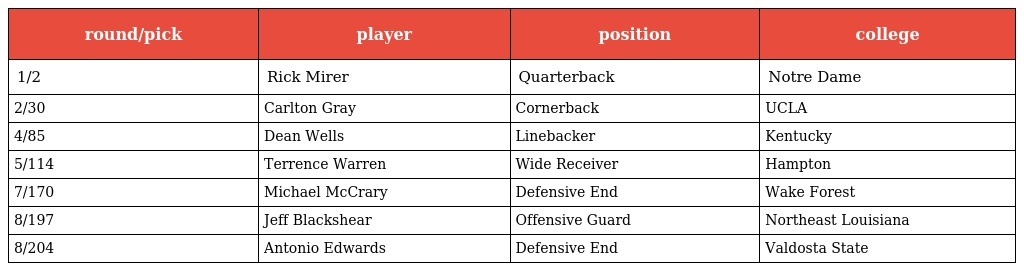
| round/pick | player | position | college |
 | --- | --- | --- | --- |
 | 1/2 | Rick Mirer | Quarterback | Notre Dame |
 | 2/30 | Carlton Gray | Cornerback | UCLA |
 | 4/85 | Dean Wells | Linebacker | Kentucky |
 | 5/114 | Terrence Warren | Wide Receiver | Hampton |
 | 7/170 | Michael McCrary | Defensive End | Wake Forest |
 | 8/197 | Jeff Blackshear | Offensive Guard | Northeast Louisiana |
 | 8/204 | Antonio Edwards | Defensive End | Valdosta State |